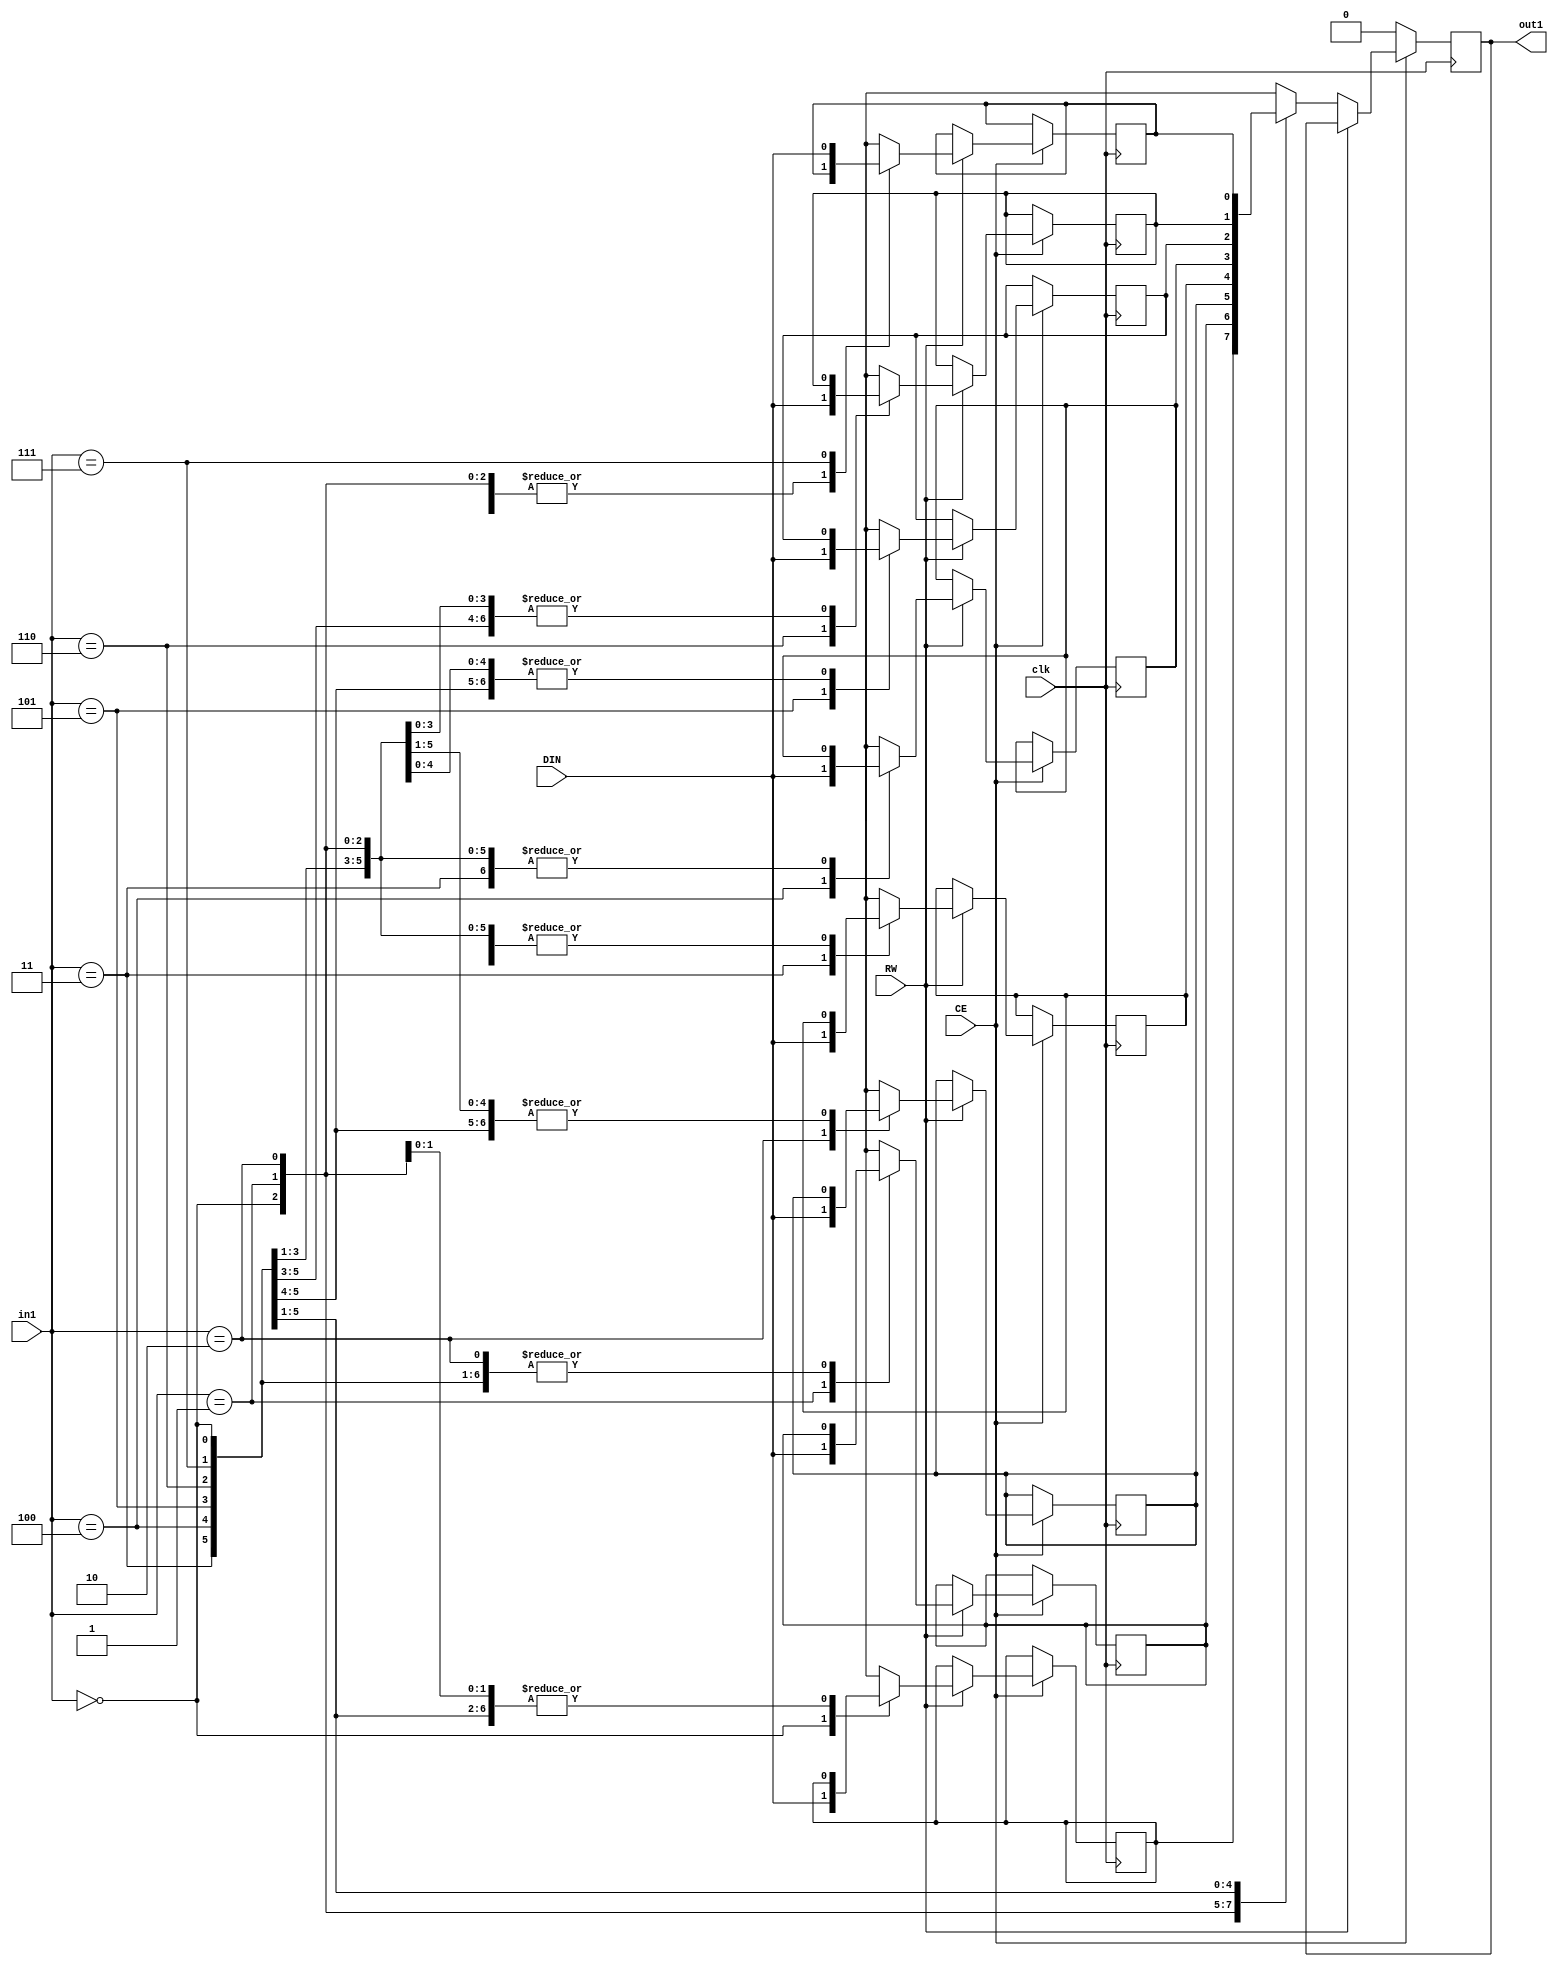
// Generated by stratus_hls 19.12-s100  (91710.131054)
// Mon Apr 25 10:54:46 2022
// from ../DFT_compute.cpp

`timescale 1ps / 1ps

      
module DFT_compute_RAM_8X1_1(DIN, CE, RW, in1, out1, clk);

      input DIN;
      input CE;
      input RW;
      input [2:0] in1;
      input clk;
      output out1;
      reg out1;
      reg[0:0] mem[7:0];

         always @(posedge clk)
          begin :DFT_compute_RAM_8X1_1_thread_1
            if (CE) begin
               if (RW) begin
                  mem[in1] = DIN;
               end
               else begin
                  out1 <= mem[in1];
               end
            end
            else begin
               out1 <= 1'b0;
            end
         end


endmodule